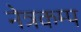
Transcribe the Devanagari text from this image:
नेत्रकम्प